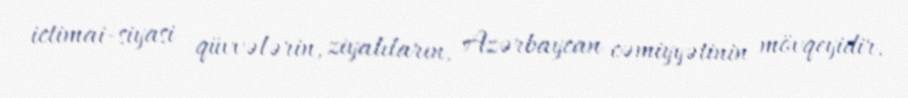
ictimai-siyasi qüvvələrin, ziyalıların, Azərbaycan cəmiyyətinin mövqeyidir.